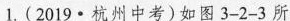
1. (2019·杭州中考) 如图 3-2-3 所